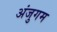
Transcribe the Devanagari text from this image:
अंजुगम